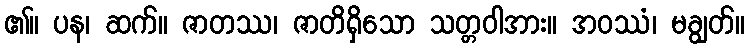
၏။ ပန၊ ဆက်။ ဇာတဿ၊ ဇာတိရှိသော သတ္တဝါအား။ အဝဿံ၊ မချွတ်။